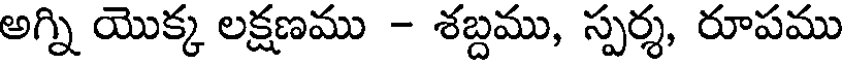
అగ్ని యొక్క లక్షణము - శబ్దము, స్పర్శ, రూపము